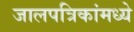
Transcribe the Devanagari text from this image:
जालपत्रिकांमध्ये